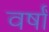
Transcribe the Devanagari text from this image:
वर्षाँ